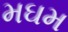
મઘમ